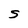
Character: S